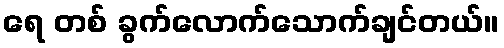
ရေ တစ် ခွက်လောက်သောက်ချင်တယ်။